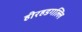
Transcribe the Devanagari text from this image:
हीरहडगल्लि